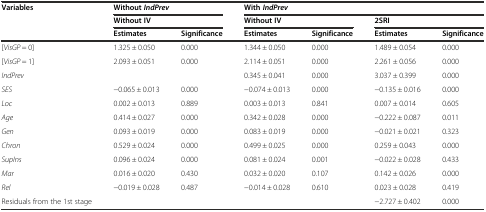
| Variables | <COLSPAN=2> Without IndPrev | <COLSPAN=4> With IndPrev |
 |  | <COLSPAN=2> Without IV | <COLSPAN=2> Without IV | <COLSPAN=2> 2SRI |
 |  | Estimates | Significance | Estimates | Significance | Estimates | Significance |
 | --- | --- | --- | --- | --- | --- | --- |
 | [VisGP = 0] | 1.325 ± 0.050 | 0.000 | 1.344 ± 0.050 | 0.000 | 1.489 ± 0.054 | 0.000 |
 | [VisGP = 1] | 2.093 ± 0.051 | 0.000 | 2.114 ± 0.051 | 0.000 | 2.261 ± 0.056 | 0.000 |
 | IndPrev |  |  | 0.345 ± 0.041 | 0.000 | 3.037 ± 0.399 | 0.000 |
 | SES | -0.065 ± 0.013 | 0.000 | -0.074 ± 0.013 | 0.000 | -0.135 ± 0.016 | 0.000 |
 | Loc | 0.002 ± 0.013 | 0.889 | 0.003 ± 0.013 | 0.841 | 0.007 ± 0.014 | 0.605 |
 | Age | 0.414 ± 0.027 | 0.000 | 0.342 ± 0.028 | 0.000 | -0.222 ± 0.087 | 0.011 |
 | Gen | 0.093 ± 0.019 | 0.000 | 0.083 ± 0.019 | 0.000 | -0.021 ± 0.021 | 0.323 |
 | Chron | 0.529 ± 0.024 | 0.000 | 0.499 ± 0.025 | 0.000 | 0.259 ± 0.043 | 0.000 |
 | SupIns | 0.096 ± 0.024 | 0.000 | 0.081 ± 0.024 | 0.001 | -0.022 ± 0.028 | 0.433 |
 | Mar | 0.016 ± 0.020 | 0.430 | 0.032 ± 0.020 | 0.107 | 0.142 ± 0.026 | 0.000 |
 | Rel | -0.019 ± 0.028 | 0.487 | -0.014 ± 0.028 | 0.610 | 0.023 ± 0.028 | 0.419 |
 | Residuals from the 1st stage |  |  |  |  | -2.727 ± 0.402 | 0.000 |